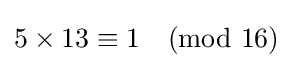
5\times 13\equiv 1{\pmod {16}}